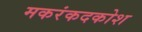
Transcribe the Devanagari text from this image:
मकरंकदकोश